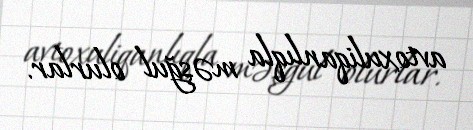
avtoxuliqanlıqla məşğul olurlar.